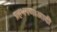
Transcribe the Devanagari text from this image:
ग्रहभगणाआदी